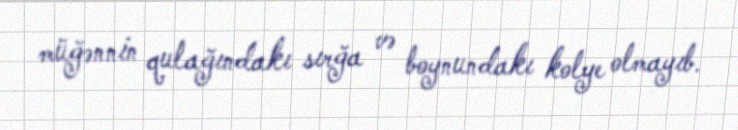
müğənnin qulağındakı sırğa və boynundakı kolye olmayıb.